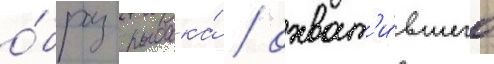
о́браз рыбака́ / охват'и́вшего